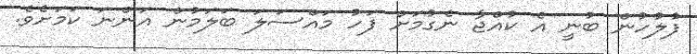
ފުލުހުން ބުނީ އެ ކުއްޖާ ނެގުމަށް ފަހު މައްސަލަ ބަލަމުން އަންނަ ކަމަށެވެ.